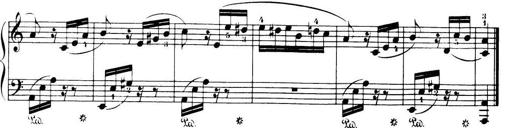
Title: 32 Sonatinas and Rondos for the Piano
Composer: Richard Kleinmichel